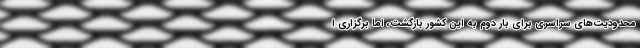
محدودیت‌های سراسری برای بار دوم به این کشور بازگشت، اما برگزاری ا